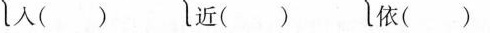
入( ) 近( ) 依( )